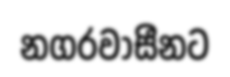
නගරවාසීනට